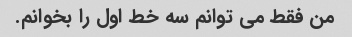
من فقط می توانم سه خط اول را بخوانم.